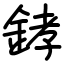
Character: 﨧